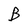
Character: B